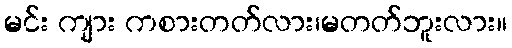
မင်း ကျား ကစားတတ်လား၊မတတ်ဘူးလား။